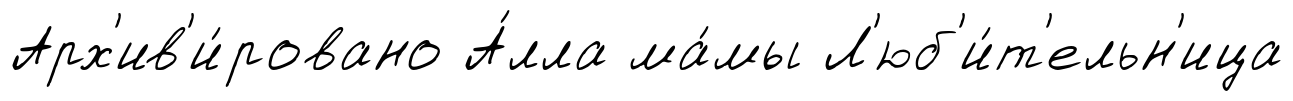
Арх'ив'и́ровано А́лла ма́мы Л'юб'и́т'ельн'ица